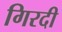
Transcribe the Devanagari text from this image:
गिरदी